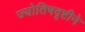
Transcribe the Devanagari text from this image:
ज्योतिषदृष्टीने